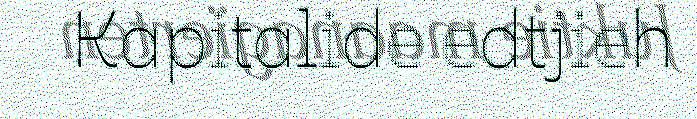
Kapitalide edtjieh